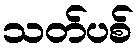
သတ်ပစ်